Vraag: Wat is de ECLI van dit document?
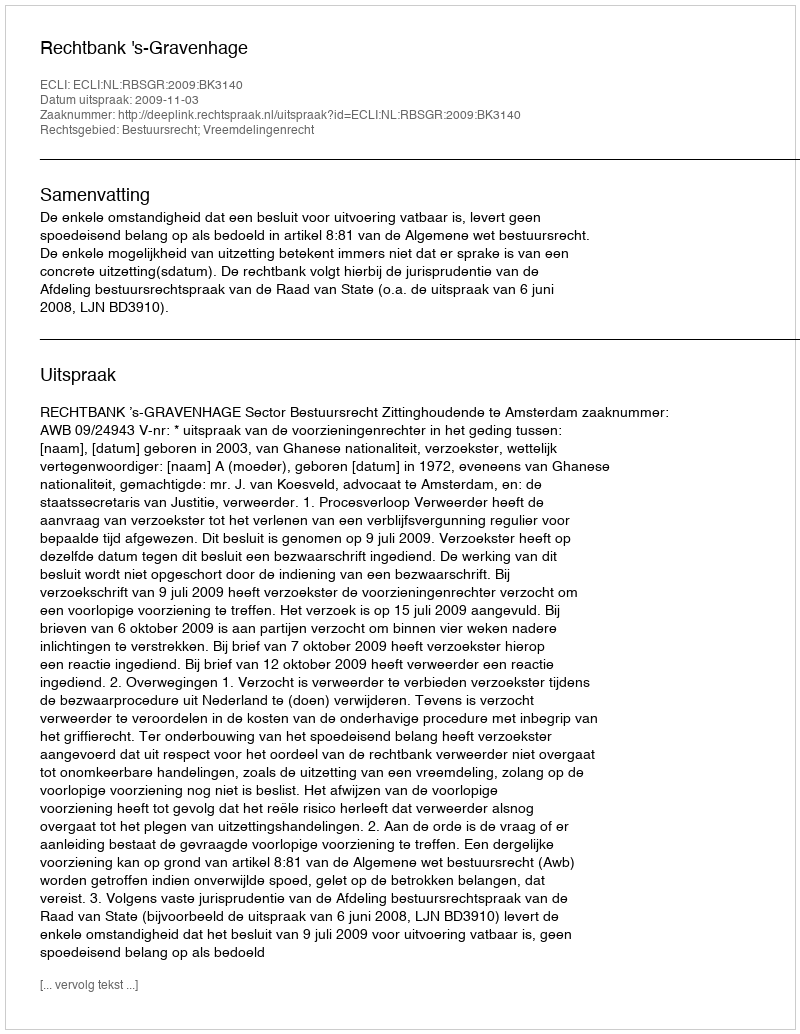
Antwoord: ECLI:NL:RBSGR:2009:BK3140